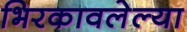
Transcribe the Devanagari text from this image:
भिरकावलेल्या